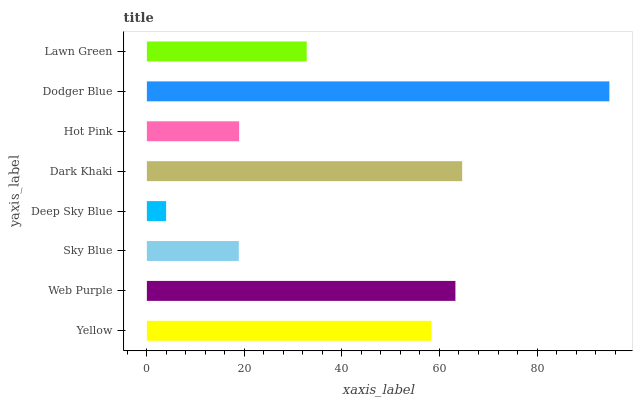
| yaxis_label | bars |
 | --- | --- |
 | Yellow | 58.4 |
 | Web Purple | 63.3 |
 | Sky Blue | 18.9 |
 | Deep Sky Blue | 3.95 |
 | Dark Khaki | 64.7 |
 | Hot Pink | 18.9 |
 | Dodger Blue | 94.8 |
 | Lawn Green | 32.8 |